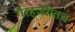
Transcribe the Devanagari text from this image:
गैरहजेरीतच